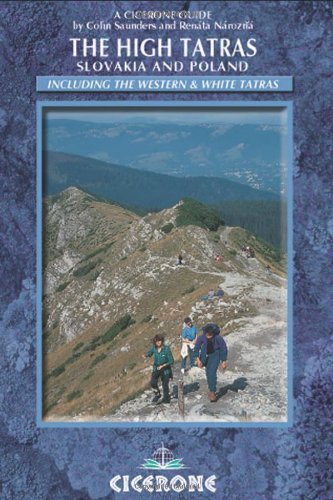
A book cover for The High Tatras: Walks, Treks and Scrambles (Cicerone Guides); Colin Saunders; Travel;